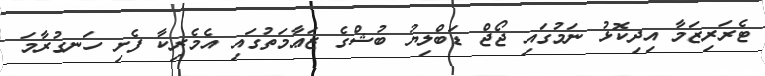
ޓެރަރިޒަމާ އިދިކޮޅު ނަމުގައި ޖޯޖް ޑަބްލިޔު ބުޝްގެ ޒަޢާމަތުގައި އެމެރިކާ ފެށި ހަނގުރާމަ